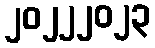
၂၀၂၂၂၀၂၃